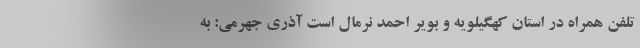
تلفن همراه در استان کهگیلویه و بویر احمد نرمال است آذری جهرمی: به